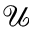
\mathcal { U }